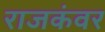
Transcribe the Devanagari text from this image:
राजकंवर